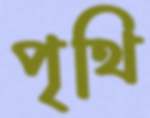
পৃথি